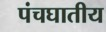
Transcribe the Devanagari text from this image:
पंचघातीय